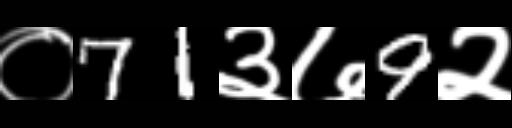
Text: ०71३७9२